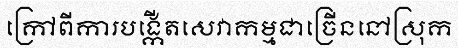
ក្រៅពីការបង្កើតសេវាកម្មជាច្រើននៅស្រុក